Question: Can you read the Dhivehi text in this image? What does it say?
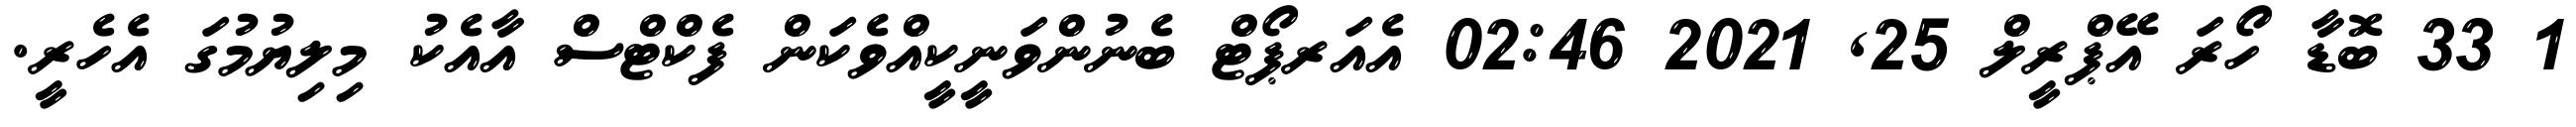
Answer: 1 33 ބޮޑާ ހޯރަ އޭޕްރީލް 25, 2021 02:46 އެއަރޕޯޓް ބެނުންވަނީކީއްވެކަން ފެކްޓްސް އާއެކު މިލިޔުމުގަ އެހެރީ.